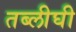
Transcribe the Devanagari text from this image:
तब्लीघी